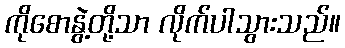
ကိုစောနွဲ့တို့သာ လိုက်ပါသွားသည်။